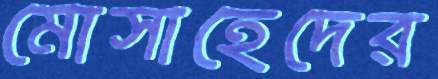
মোসাহেদের